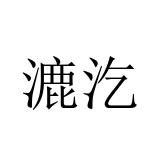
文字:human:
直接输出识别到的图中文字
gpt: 漉汔